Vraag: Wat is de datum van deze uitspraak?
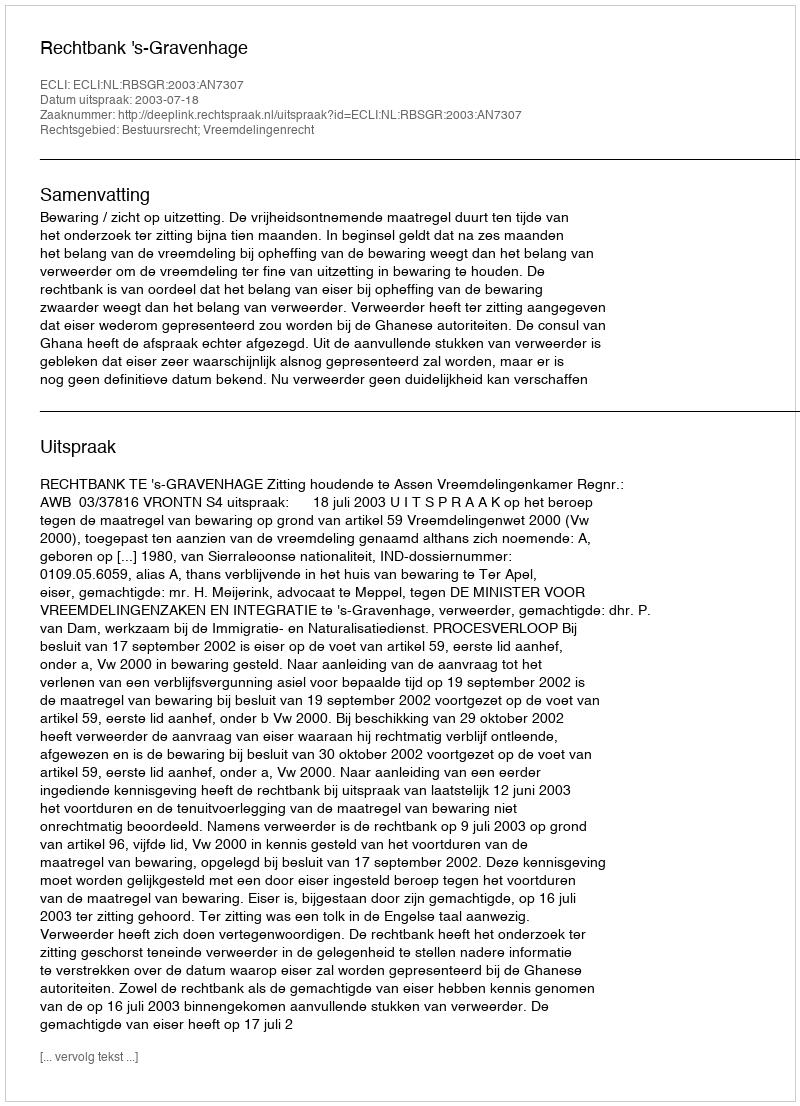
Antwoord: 2003-07-18